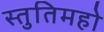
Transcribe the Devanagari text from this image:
स्तुतिमहो